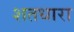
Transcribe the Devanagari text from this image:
शतधारा